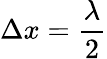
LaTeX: \Delta x={\frac{\lambda}{2}}